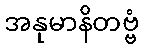
အနုမာနိတဗ္ဗံ